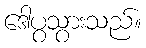
ဒေါပွသွားသည်။